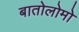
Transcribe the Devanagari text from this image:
बातोलोमो